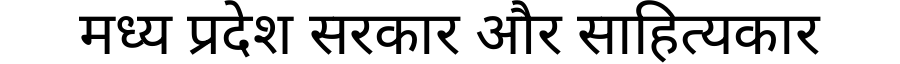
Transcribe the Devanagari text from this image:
मध्य प्रदेश सरकार और साहित्यकार